Rangoon Lunatic Asylum 1878-1892 - 1878-1892
Year: 1878
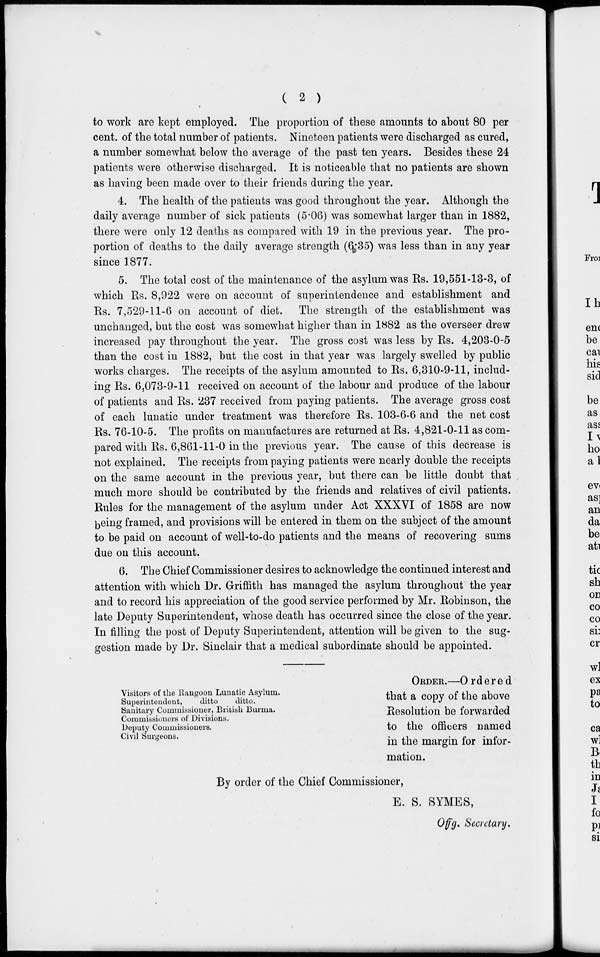
( 2 )
to work are kept employed. The proportion of these amounts to about 80 per
cent. of the total number of patients. Nineteen patients were discharged as cured,
a number somewhat below the average of the past ten years. Besides these 24
patients were otherwise discharged. It is noticeable that no patients are shown
as having been made over to their friends during the year.
4. The health of the patients was good throughout the year. Although the
daily average number of sick patients (5.06) was somewhat larger than in 1882,
there were only 12 deaths as compared with 19 in the previous year. The pro-
portion of deaths to the daily average strength (6.35) was less than in any year
since 1877.
5. The total cost of the maintenance of the asylum was Rs. 19,551-13-3, of
which Rs. 8,922 were on account of superintendence and establishment and
Rs. 7,529-11-6 on account of diet. The strength of the establishment was
unchanged, but the cost was somewhat higher than in 1882 as the overseer drew
increased pay throughout the year. The gross cost was less by Rs. 4,203-0-5
than the cost in 1882, but the cost in that year was largely swelled by public
works charges. The receipts of the asylum amounted to Rs. 6,310-9-11, includ-
ing Rs. 6,073-9-11 received on account of the labour and produce of the labour
of patients and Rs. 237 received from paying patients. The average gross cost
of each lunatic under treatment was therefore Rs. 103-6-6 and the net cost
Rs. 76-10-5. The profits on manufactures are returned at Rs. 4,821-0-11 as com-
pared with Rs. 6,861-11-0 in the previous year. The cause of this decrease is
not explained. The receipts from paying patients were nearly double the receipts
on the same account in the previous year, but there can be little doubt that
much more should be contributed by the friends and relatives of civil patients.
Rules for the management of the asylum under Act XXXVI of 1858 are now
being framed, and provisions will be entered in them on the subject of the amount
to be paid on account of well-to-do patients and the means of recovering sums
due on this account.
6. The Chief Commissioner desires to acknowledge the continued interest and
attention with which Dr. Griffith has managed the asylum throughout the year
and to record his appreciation of the good service performed by Mr. Robinson, the
late Deputy Superintendent, whose death has occurred since the close of the year.
In filling the post of Deputy Superintendent, attention will be given to the sug-
gestion made by Dr. Sinclair that a medical subordinate should be appointed.
Visitors of the Rangoon Lunatic Asylum.
Superintendent,
ditto
ditto.
Sanitary Commissioner, British Burma.
Commissioners of Divisions.
Deputy Commissioners.
Civil Surgeons.
ORDER.—Ordered
that a copy of the above
Resolution be forwarded
to the officers named
in the margin for infor-
mation.
By order of the Chief Commissioner,
E. S. SYMES,
Offg. Secretary.